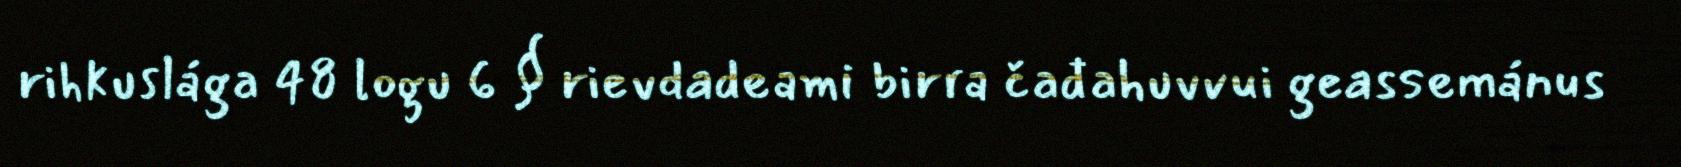
rihkuslága 48 logu 6 § rievdadeami birra čađahuvvui geassemánus